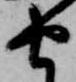
由